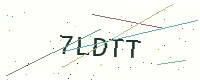
Text: 7LDTT